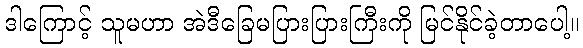
ဒါကြောင့် သူမဟာ အဲဒီခြေမပြားပြားကြီးကို မြင်နိုင်ခဲ့တာပေါ့။